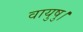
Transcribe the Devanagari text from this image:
वायुषु।